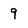
Character: 9